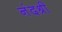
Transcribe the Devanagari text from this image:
नंदश्री